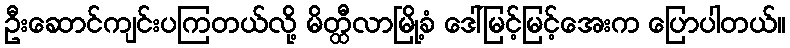
ဦးဆောင်ကျင်းပကြတယ်လို့ မိတ္ထီလာမြို့ခံ ဒေါ်မြင့်မြင့်အေးက ပြောပါတယ်။